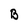
Character: B